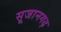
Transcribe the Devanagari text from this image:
सूजानगढ़